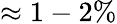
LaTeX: \approx 1-2\%